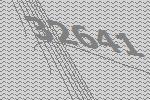
32641